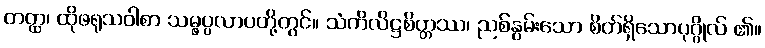
တတ္ထ၊ ထိုဖရုသဝါစာ သမ္ဖပ္ပလာပတို့တွင်။ သံကိလိဋ္ဌစိတ္တဿ၊ ညစ်နွမ်းသော စိတ်ရှိသောပုဂ္ဂိုလ် ၏။